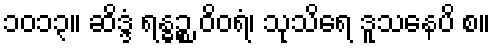
၁၀၁၃။ ဆိဒ္ဒံ ရန္ဓဉ္စ ဝိဝရံ၊ သုသိရေ ဒူသနေပိ စ။